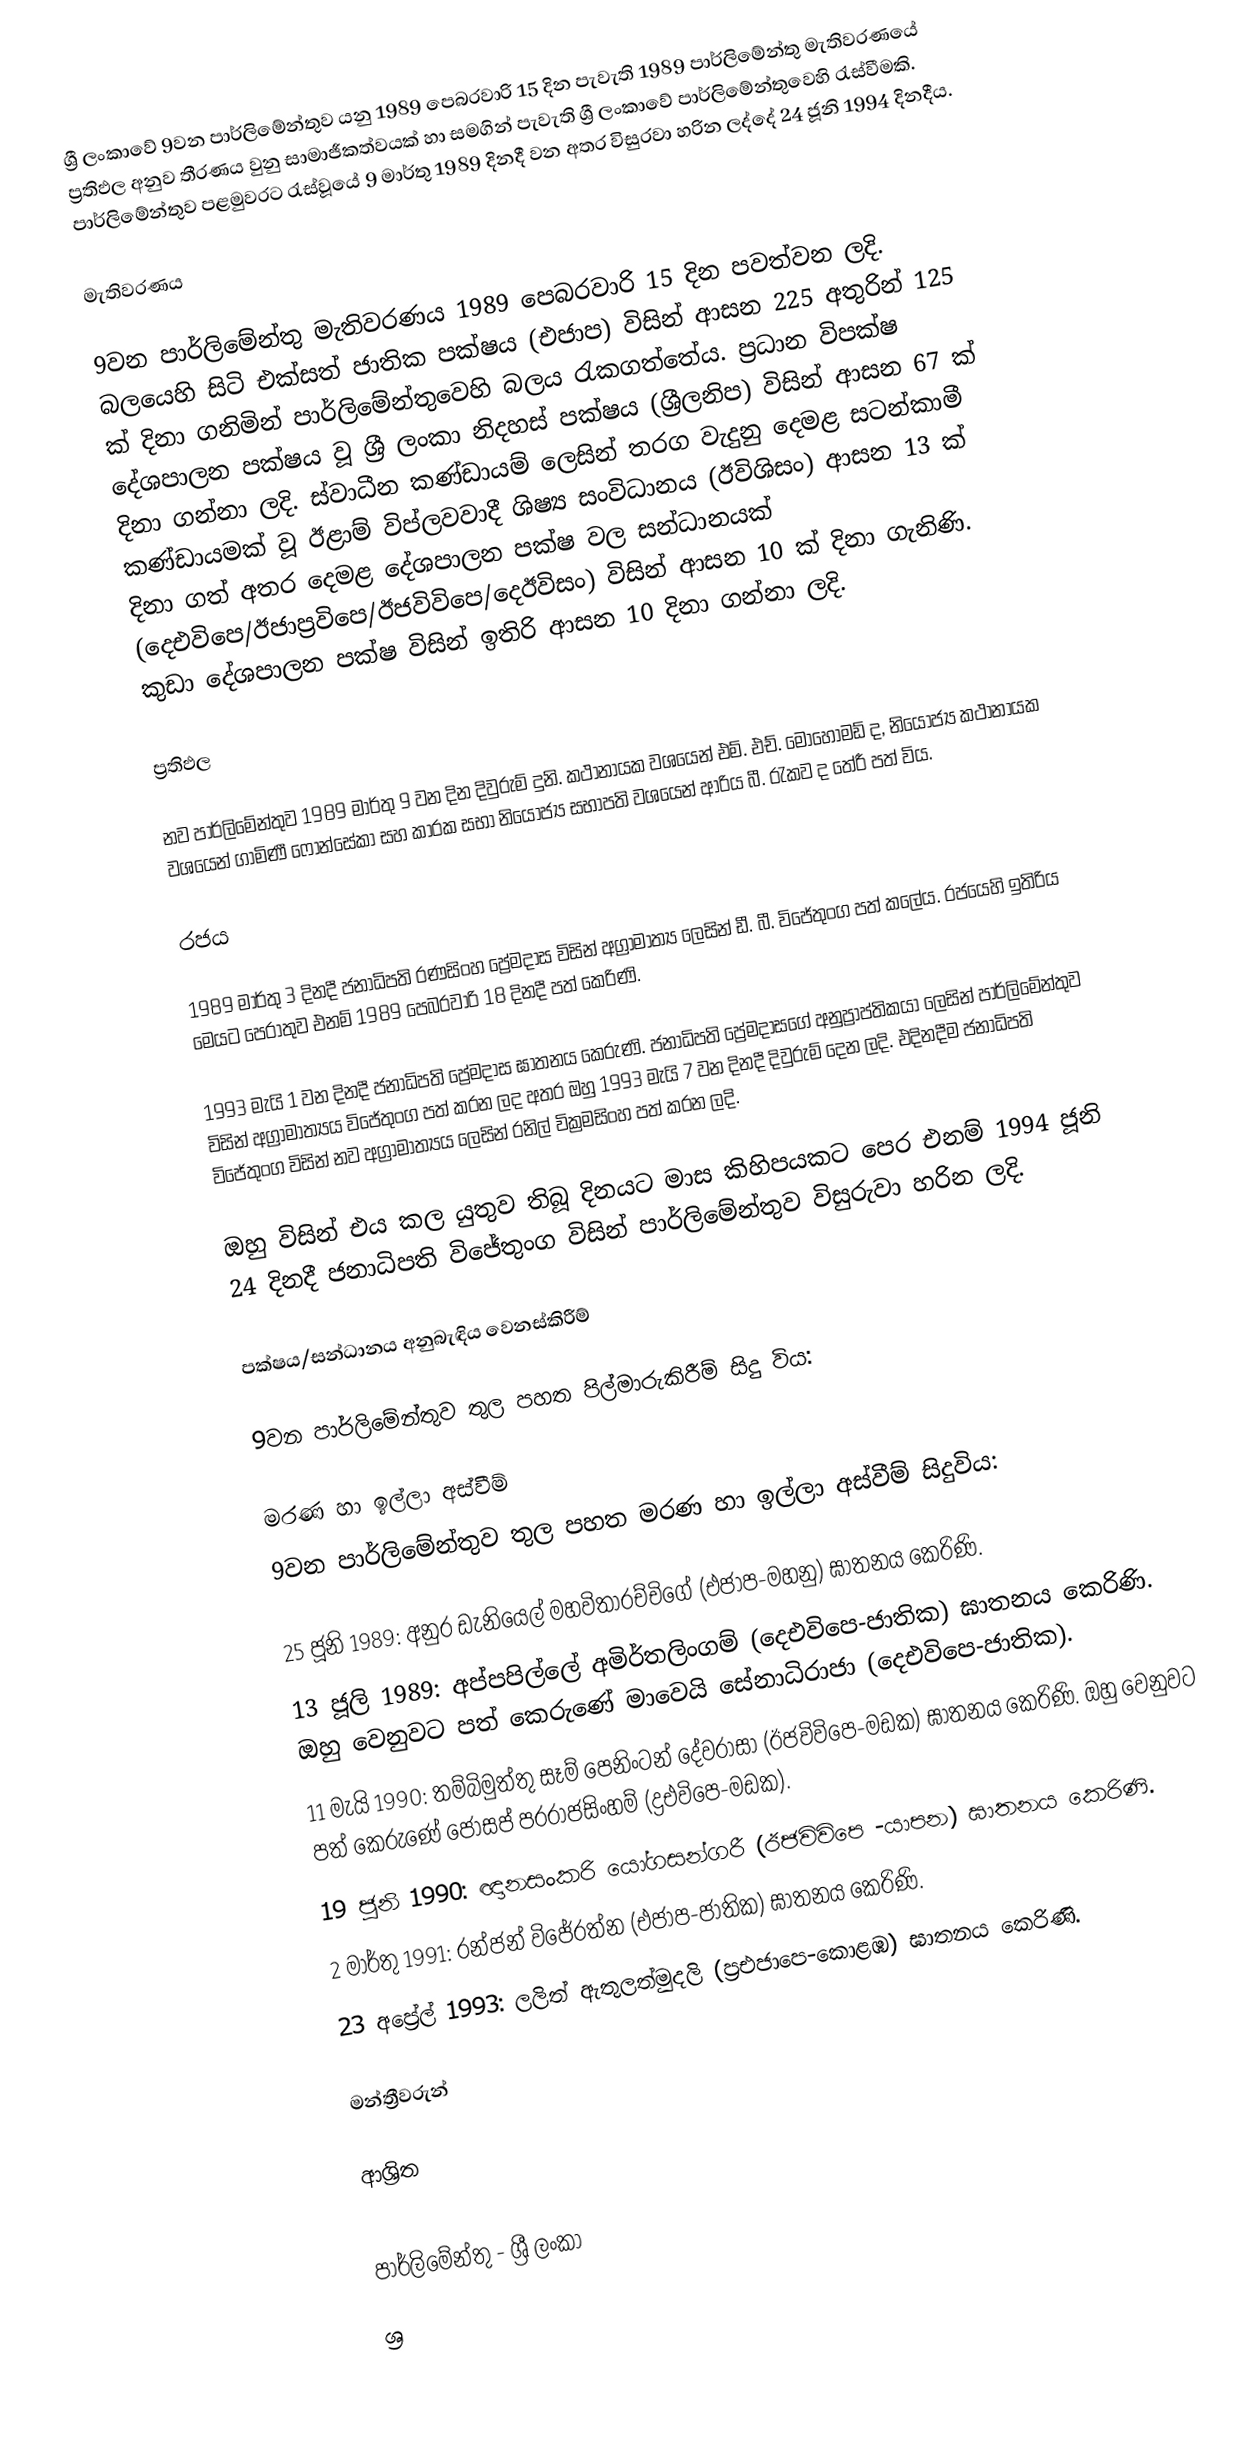
ශ්‍රී ලංකාවේ 9වන පාර්ලිමේන්තුව යනු 1989 පෙබරවාරි 15 දින පැවැති 1989 පාර්ලිමේන්තු මැතිවරණයේ ප්‍රතිඵල අනුව තීරණය වුනු සාමාජීකත්වයක් හා සමගින් පැවැති ශ්‍රී ලංකාවේ පාර්ලිමේන්තුවෙහි රැස්වීමකි. පාර්ලිමේන්තුව පළමුවරට රැස්වූයේ  9 මාර්තු 1989 දිනදී වන අතර විසුරවා හරින ලද්දේ 24 ජූනි  1994 දිනදීය.

මැතිවරණය

9වන පාර්ලිමේන්තු මැතිවරණය 1989 පෙබරවාරි 15 දින පවත්වන ලදි. බලයෙහි සිටි එක්සත් ජාතික පක්ෂය (එජාප) විසින් ආසන 225 අතුරින් 125 ක් දිනා ගනිමින් පාර්ලිමේන්තුවෙහි බලය රැකගත්තේය. ප්‍රධාන විපක්ෂ දේශපාලන පක්ෂය වූ  ශ්‍රී ලංකා නිදහස් පක්ෂය (ශ්‍රීලනිප) විසින් ආසන 67 ක් දිනා ගන්නා ලදි. ස්වාධීන කණ්ඩායම් ලෙසින් තරග වැදුනු දෙමළ සටන්කාමී කණ්ඩායමක් වූ  ඊළාම් විප්ලවවාදී ශිෂ්‍ය සංවිධානය (ඊවිශිසං) ආසන 13 ක් දිනා ගත් අතර දෙමළ දේශපාලන පක්ෂ වල සන්ධානයක්  (දෙඑවිපෙ/ඊජාප්‍රවිපෙ/ඊජවිවිපෙ/දෙඊවිසං) විසින් ආසන 10 ක් දිනා ගැනිණි. කුඩා දේශපාලන පක්ෂ විසින් ඉතිරි ආසන 10 දිනා ගන්නා ලදි.

ප්‍රතිඵල

නව පාර්ලිමේන්තුව 1989 මාර්තු 9 වන දින දිවුරුම් දුනි. කථානායක වශයෙන් එම්. එච්. මොහොමඩ් ද, නියෝජ්‍ය කථානායක වශයෙන් ගාමිණී ෆොන්සේකා සහ කාරක සභා නියෝජ්‍ය සභාපති වශයෙන් ආරිය බී. රැකව ද තේරී පත් විය.

රජය

1989 මාර්තු 3 දිනදී ජනාධිපති රණසිංහ ප්‍රේමදාස විසින් අග්‍රාමාත්‍ය ලෙසින් ඩී. බී. විජේතුංග පත් කලේය. රජයෙහි ඉතිරිය මෙයට පෙරාතුව එනම් 1989 පෙබරවාරි 18 දිනදී පත් කෙරිණි.

1993 මැයි 1 වන දිනදී ජනාධිපති ප්‍රේමදාස ඝාතනය කෙරුණි. ජනාධිපති ප්‍රේමදාසගේ අනුප්‍රාප්තිකයා ලෙසින් පාර්ලිමේන්තුව විසින් අග්‍රාමාත්‍යය විජේතුංග පත් කරන ලද අතර ඔහු 1993 මැයි 7 වන දිනදී දිවුරුම් දෙන ලදි. එදිනදීම ජනාධිපති විජේතුංග විසින් නව අග්‍රාමාත්‍යය ලෙසින්  රනිල් වික්‍රමසිංහ පත් කරන ලදි.

ඔහු විසින් එය කල යුතුව තිබූ දිනයට මාස කිහිපයකට පෙර එනම් 1994 ජූනි 24 දිනදී ජනාධිපති විජේතුංග විසින් පාර්ලිමේන්තුව විසුරුවා හරින ලදි.

පක්ෂය/සන්ධානය අනුබැඳිය වෙනස්කිරීම්

9වන පාර්ලිමේන්තුව තුල පහත පිල්මාරුකිරීම් සිදු විය:

මරණ හා ඉල්ලා අස්වීම්
9වන පාර්ලිමේන්තුව තුල පහත මරණ හා ඉල්ලා අස්වීම් සිදුවිය:

25 ජූනි 1989: අනුර ඩැනියෙල් මහවිතාරච්චිගේ (එජාප-මහනු) ඝාතනය කෙරිණි.
13 ජූලි 1989: අප්පපිල්ලේ අමිර්තලිංගම් (දෙඑවිපෙ-ජාතික) ඝාතනය කෙරිණි. ඔහු වෙනුවට පත් කෙරුණේ මාවෙයි සේනාධිරාජා (දෙඑවිපෙ-ජාතික).
11 මැයි 1990: තම්බිමුත්තු සෑම් පෙනිංටන් දේවරාසා (ඊජවිවිපෙ-මඩක) ඝාතනය කෙරිණි. ඔහු වෙනුවට පත් කෙරුණේ ජෝසප් පරරාජසිංහම් (ද්‍රඑවිපෙ-මඩක).
19 ජූනි 1990: ඥානසංකරි යෝගසන්ගරී (ඊජවිවිපෙ -යාපන) ඝාතනය කෙරිණි.
2 මාර්තු 1991: රන්ජන් විජේරත්න (එජාප-ජාතික) ඝාතනය කෙරිණි.
23 අප්‍රේල් 1993: ලලිත් ඇතුලත්මුදලි (ප්‍රඑජාපෙ-කොළඹ) ඝාතනය කෙරිණි.

මන්ත්‍රීවරුන්

ආශ්‍රිත

පාර්ලිමේන්තු - ශ්‍රී ලංකා
ශ්‍ර